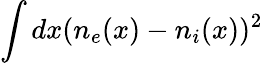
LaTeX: \int dx(n_{e}(x)-n_{i}(x))^{2}